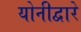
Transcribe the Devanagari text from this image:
योनीद्वारे